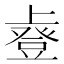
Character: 𫠿